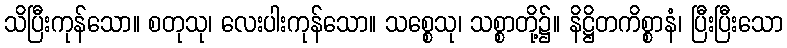
သိပြီးကုန်သော။ စတုသု၊ လေးပါးကုန်သော။ သစ္စေသု၊ သစ္စာတို့၌။ နိဋ္ဌိတကိစ္စာနံ၊ ပြီးပြီးသော